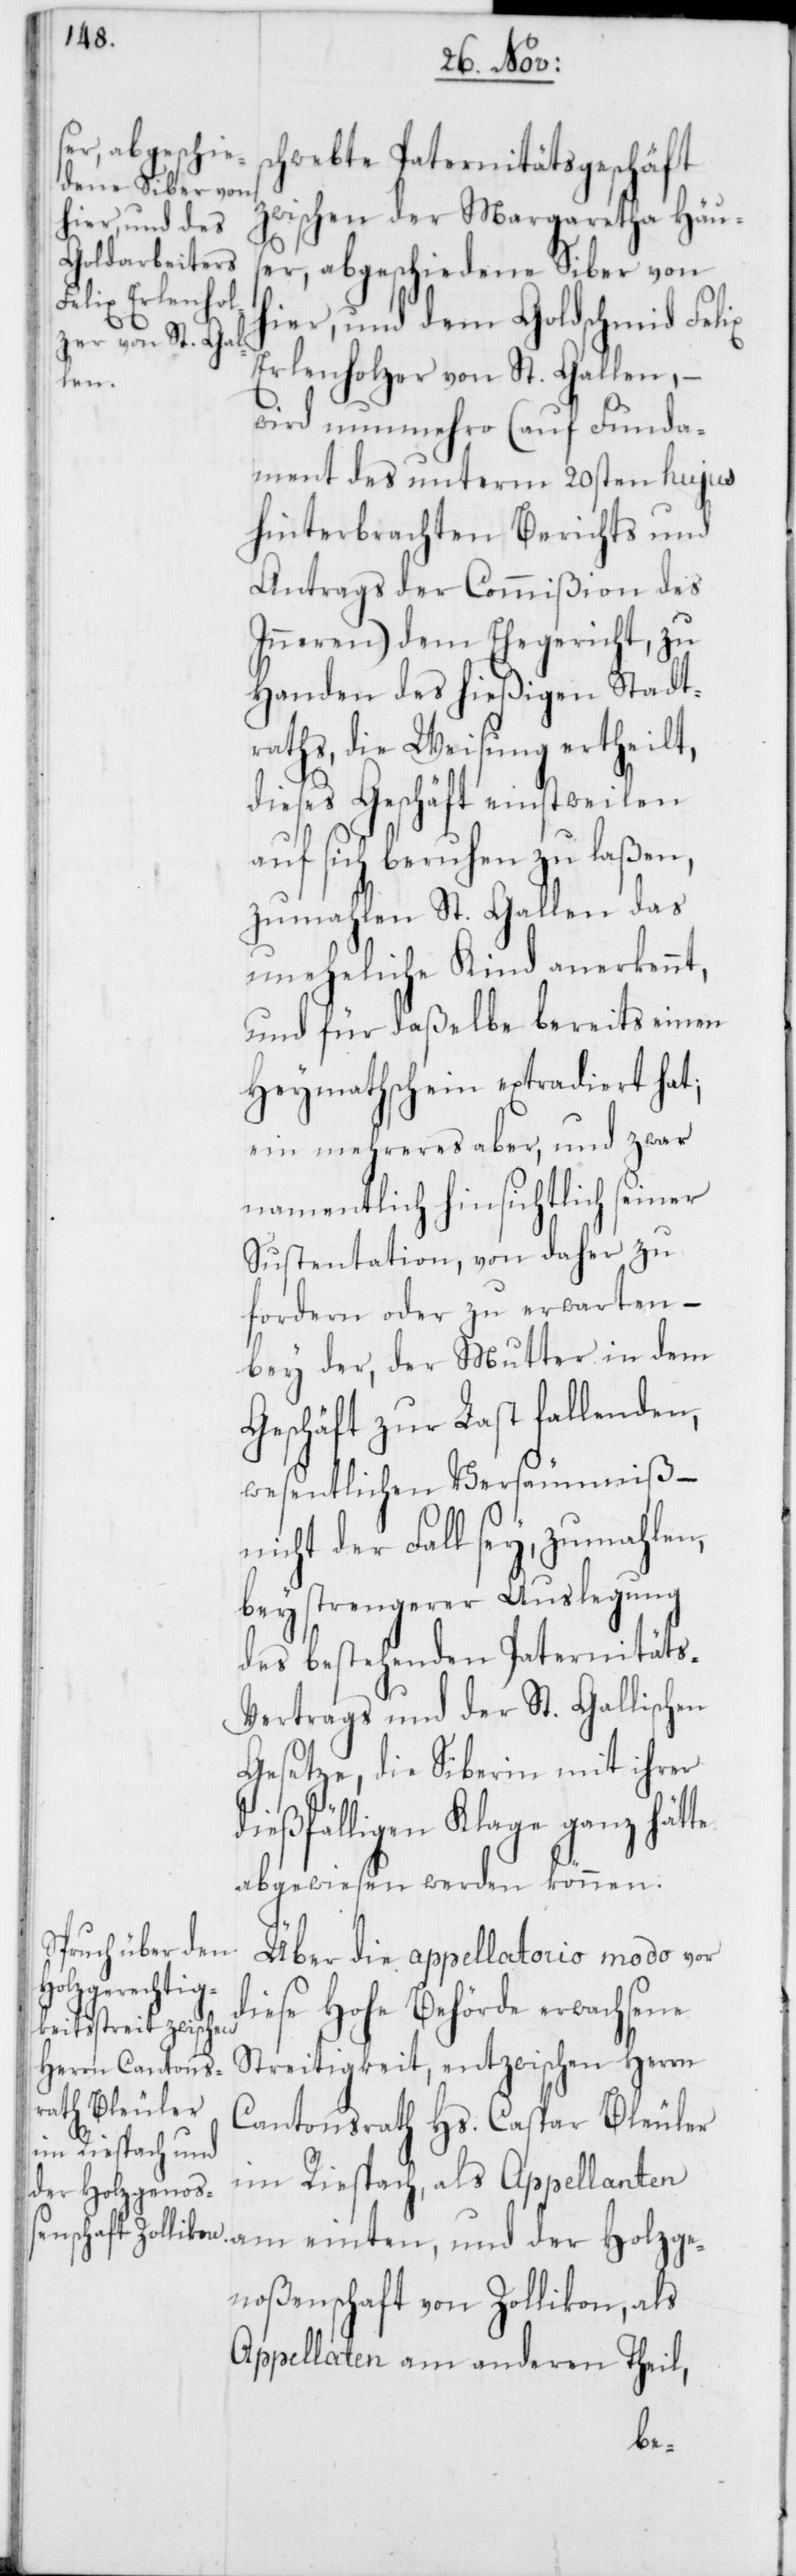
ser, abgeschie¬
hwebte Paternitätsgeschäft
dene Siber von
zwischen der Margaretha Häu¬
hier, und dem Goldschmied Felix
Erlenholzer von St. Gallen, –
wird nunmehro (auf Funda¬
ment des unterm 20sten hujus
hinterbrachten Berichts und
Antrags der Commißion des
Inneren) dem Ehegericht, zu
Handen des hießigen Stadt¬
raths, die Weisung ertheilt,
dieses Geschäft einstweilen
auf sich beruhen zu laßen,
zumalen St. Gallen das
uneheliche Kind anerkennt,
und für daßelbe bereits einen
Heymathschein extradiert hat;
ein mehreres aber, und zwar
namentlich hinsichtlich seiner
Sustentation, von daher zu
fordern oder zu erwarten,
bey der, der Mutter in dem
Geschäft zur Last fallenden,
wesentlichen Versäumniß –
nicht der Fall sey, zumahlen,
bey strengerer Auslegung
des bestehenden Paternitäts-V¬
ertrags und der St. Gallischen
Gesetze, die Siberin mit ihrer
dießfälligen Klage ganz hätte
abgewiesen werden können.
Über die appellatorio modo vor
diese Hohe Behörde erwachsene
Streitigkeit, entzwischen Herrn
Cantonsrath Hs. Caspar Bleuler
im Riespach, als Appellanten
der Holzge¬
noßenschaft von Zollikon, als
Appellaten am anderen Theil,
sc¬